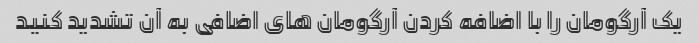
یک آرگومان را با اضافه کردن آرگومان های اضافی به آن تشدید کنید